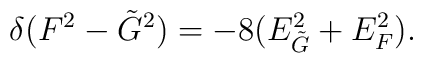
\delta(F^2 - \tilde{G}^2) = -8 (E_{\tilde{G}}^2 + E_F^2).